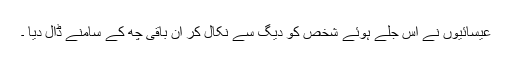
عیسائیوں نے اس جلے ہوئے شخص کو دیگ سے نکال کر ان باقی چھ کے سامنے ڈال دیا ۔